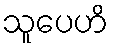
သူပေဟိ